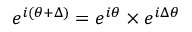
e ^ { i ( \theta + \Delta ) } = e ^ { i \theta } \times e ^ { i \Delta \theta }